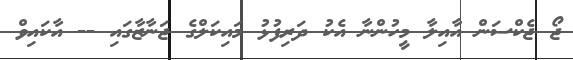
ޖޯ ޖެކްސަން އާއިލާ މީހުންނާ އެކު ދަރިފުޅު މައިކަލްގެ ޖަނާޒާގައި -- އާކައިވް